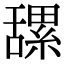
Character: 𦧲